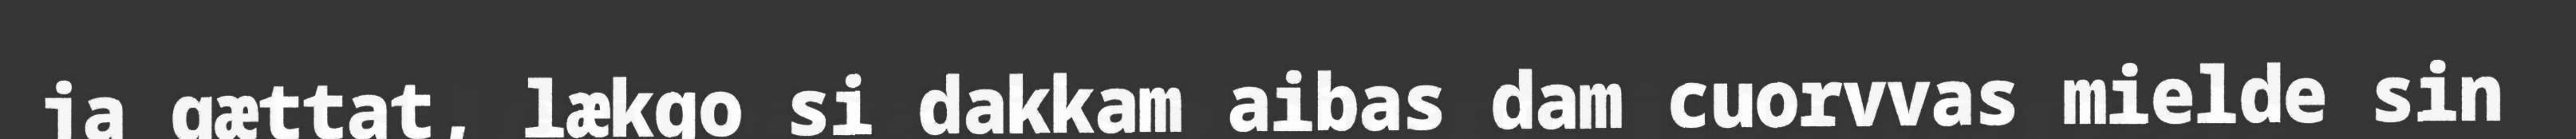
ja gættat, lækgo si dakkam aibas dam cuorvvas mielde sin